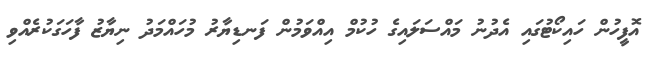
އޮފީހުން ހައިކޯޓުގައި އެދުނު މައްސަލައިގެ ހުކުމް އިއްވަމުން ފަނޑިޔާރު މުހައްމަދު ނިޔާޒު ފާހަގަކުރެއްވި